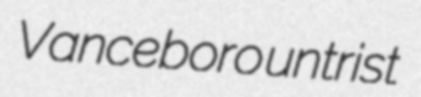
Vanceboro untrist